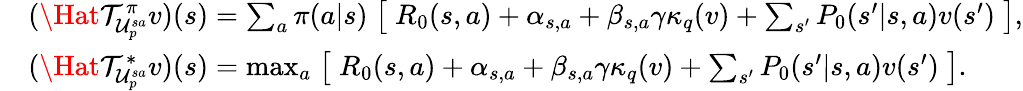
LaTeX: \begin{array}{rl}&{(\Hat{\mathcal{T}}_{\mathcal{U}_{p}^{sa}}^{\pi}v)(s)=\sum_{a}\pi(a|s)\bigm[R_{0}(s,a)+\alpha_{s,a}+\beta_{s,a}\gamma\kappa_{q}(v)+\sum_{s^{\prime}}P_{0}(s^{\prime}|s,a)v(s^{\prime})\bigm],}\\ &{(\Hat{\mathcal{T}}_{\mathcal{U}_{p}^{sa}}^{*}v)(s)=\operatorname*{max}_{a}\bigm[R_{0}(s,a)+\alpha_{s,a}+\beta_{s,a}\gamma\kappa_{q}(v)+\sum_{s^{\prime}}P_{0}(s^{\prime}|s,a)v(s^{\prime})\bigm].}\end{array}